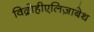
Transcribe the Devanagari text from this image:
विद्रोहीएलिज़ाबेथ